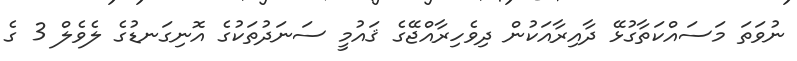
ނުވަތަ މަސައްކަތާގުޅޭ ދާއިރާއަކުން ދިވެހިރާއްޖޭގެ ޤައުމީ ސަނަދުތަކުގެ އޮނިގަނޑުގެ ލެވެލް 3 ގެ